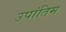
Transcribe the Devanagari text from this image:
उपांतिम